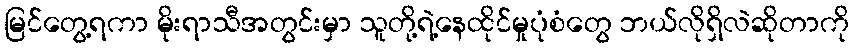
မြင်တွေ့ရကာ မိုးရာသီအတွင်းမှာ သူတို့ရဲ့နေထိုင်မှုပုံစံတွေ ဘယ်လိုရှိလဲဆိုတာကို